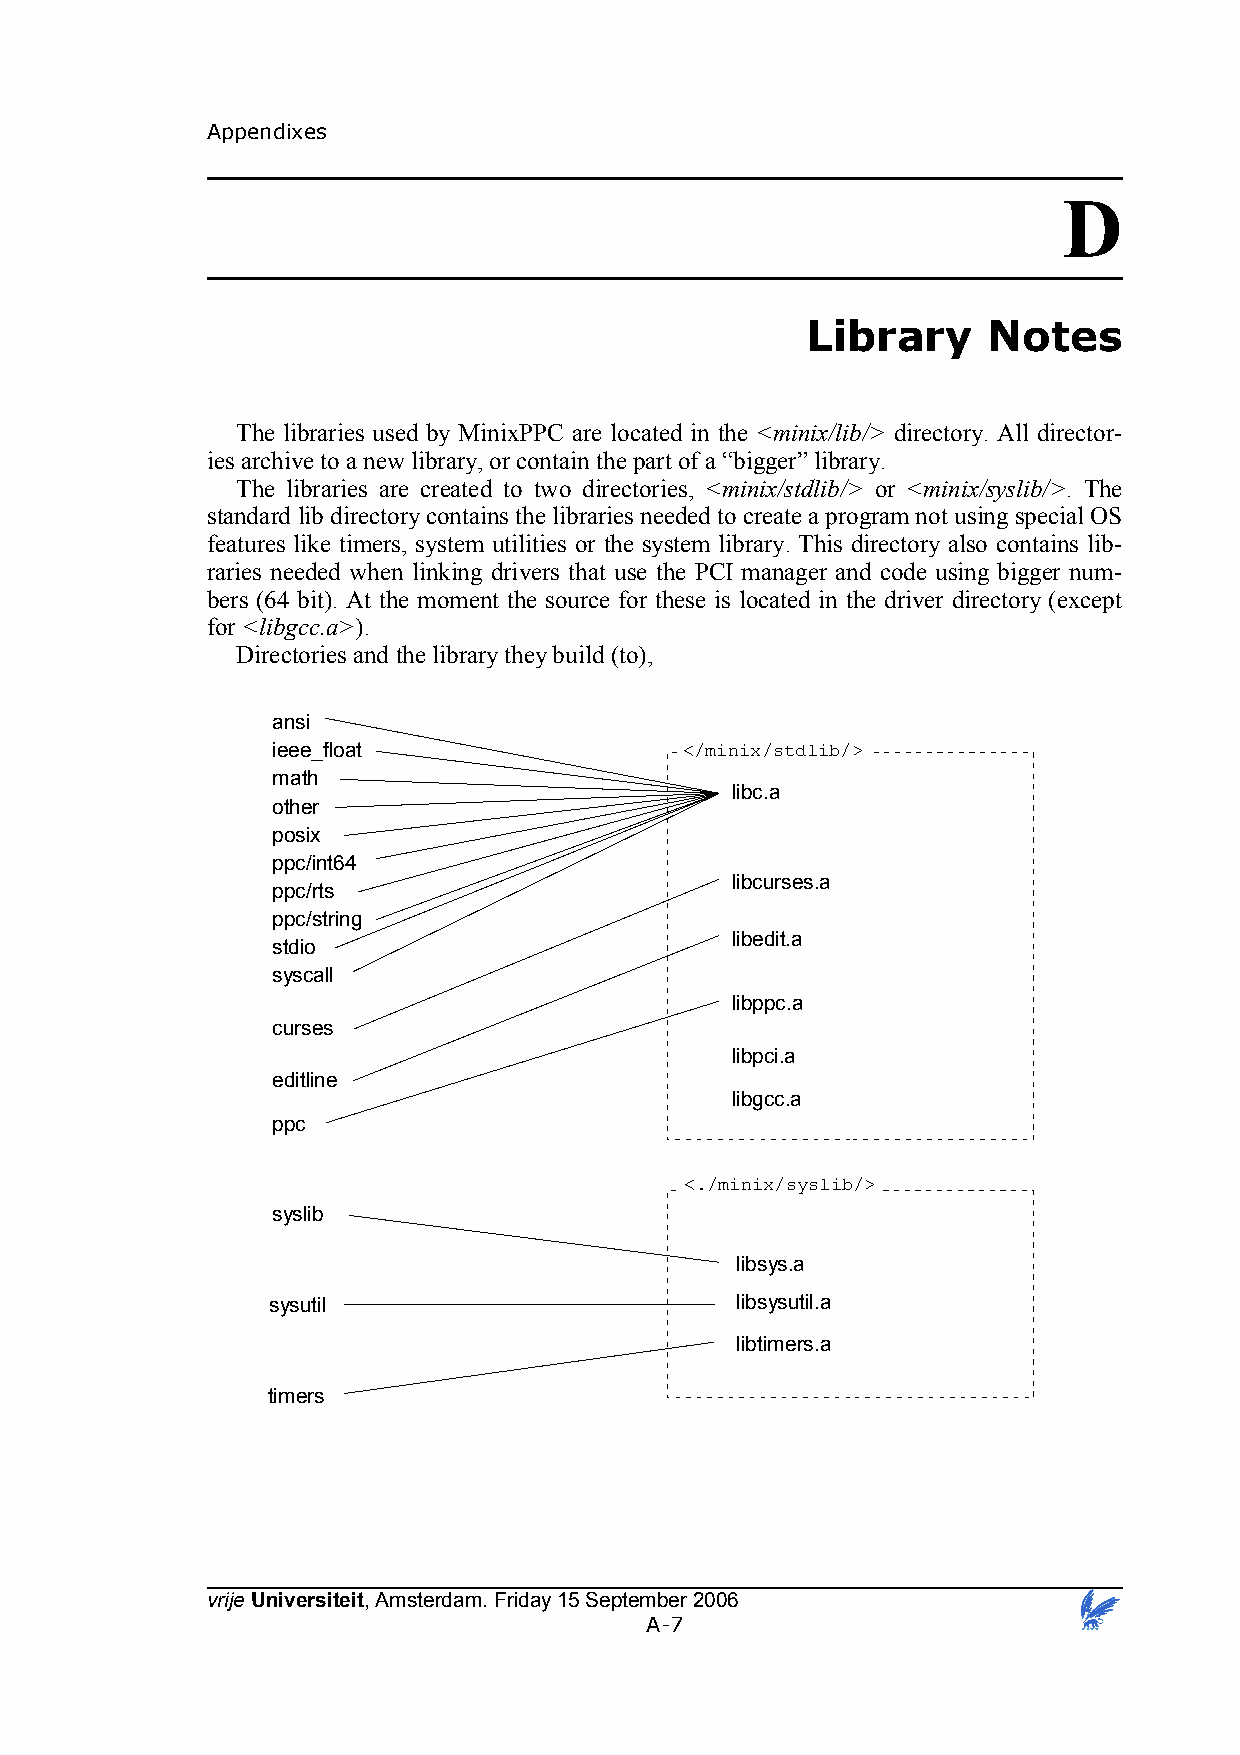
Appendixes
 D
 Library     Notes
 The libraries used by MinixPPC are located in the <minix/lib/> directory. All director-
 ies archive to a new library, or contain the part of a “bigger” library.
 The libraries are created to two directories, <minix/stdlib/> or <minix/syslib/>. The
 standard lib directory contains the libraries needed to create a program not using special OS
 features like timers, system utilities or the system library. This directory also contains lib-
 raries needed when linking drivers that use the PCI manager and code using bigger num-
 bers (64 bit). At the moment the source for these is located in the driver directory (except
 for <libgcc.a>).
 Directories and the library they build (to),
 ansi
 ieee_float                 </minix/stdlib/>
 math
 libc.a
 other
 posix
 ppc/int64
 libcurses.a
 ppc/rts
 ppc/string
 libedit.a
 stdio
 syscall
 libppc.a
 curses
 libpci.a
 editline
 libgcc.a
 ppc
 <./minix/syslib/>
 syslib
 libsys.a
 sysutil                        libsysutil.a
 libtimers.a
 timers
 vrije Universiteit, Amsterdam. Friday 15 September 2006
 A-7